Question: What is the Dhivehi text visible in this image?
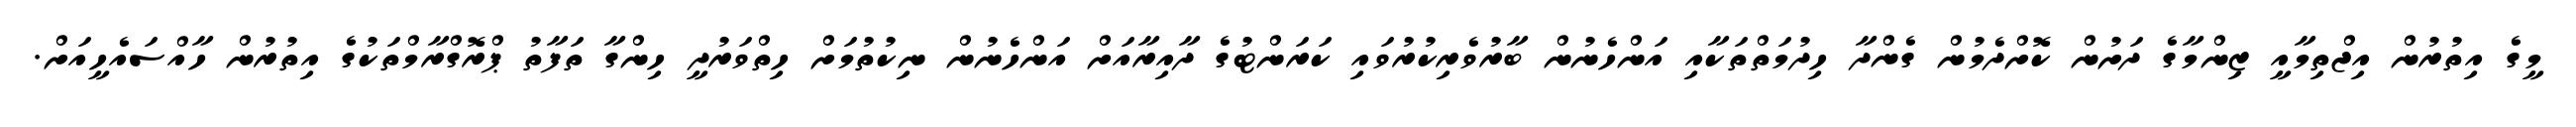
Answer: މީގެ އިތުރުން އިޖްތިމާއީ ޒިންމާގެ ދަށުން ކޮށްދެމުން ގެންދާ ހިދުމަތްތަކާއި އަންހެނުން ބާރުވެރިކުރުވައި ކަރަންޓުގެ ދާއިރާއަށް އަންހެނުން ނިކުތުމަށް ހިތްވަރުދީ ހިންގާ ތަފާތު ޕްރޮގްރާމްތަކުގެ އިތުރުން ހާއްސައެހީއަށް.